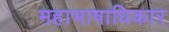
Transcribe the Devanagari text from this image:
महाभाषाधिकार